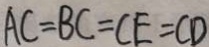
A C = B C = C E = C D